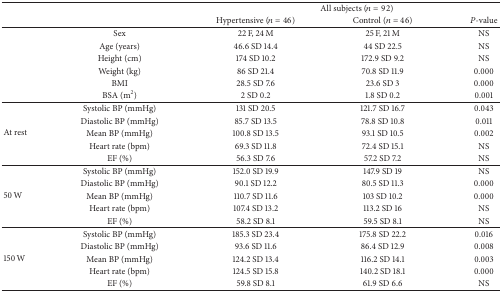
|  |  | <COLSPAN=3> All subjects (n = 92) |
 |  |  | Hypertensive (n = 46) | Control (n = 46) | P-value |
 | --- | --- | --- | --- | --- |
 |  | Sex | 22 F, 24 M | 25 F, 21 M | NS |
 |  | Age (years) | 46.6 SD 14.4 | 44 SD 22.5 | NS |
 |  | Height (cm) | 174 SD 10.2 | 172.9 SD 9.2 | NS |
 |  | Weight (kg) | 86 SD 21.4 | 70.8 SD 11.9 | 0.000 |
 |  | BMI | 28.5 SD 7.6 | 23.6 SD 3 | 0.000 |
 |  | BSA (m2) | 2 SD 0.2 | 1.8 SD 0.2 | 0.001 |
 | <ROWSPAN=5> At rest | Systolic BP (mmHg) | 131 SD 20.5 | 121.7 SD 16.7 | 0.043 |
 | Diastolic BP (mmHg) | 85.7 SD 13.5 | 78.8 SD 10.8 | 0.011 |
 | Mean BP (mmHg) | 100.8 SD 13.5 | 93.1 SD 10.5 | 0.002 |
 | Heart rate (bpm) | 69.3 SD 11.8 | 72.4 SD 15.1 | NS |
 | EF (%) | 56.3 SD 7.6 | 57.2 SD 7.2 | NS |
 | <ROWSPAN=5> 50 W | Systolic BP (mmHg) | 152.0 SD 19.9 | 147.9 SD 19 | NS |
 | Diastolic BP (mmHg) | 90.1 SD 12.2 | 80.5 SD 11.3 | 0.000 |
 | Mean BP (mmHg) | 110.7 SD 11.6 | 103 SD 10.2 | 0.000 |
 | Heart rate (bpm) | 107.4 SD 13.2 | 113.2 SD 16 | NS |
 | EF (%) | 58.2 SD 8.1 | 59.5 SD 8.1 | NS |
 | <ROWSPAN=5> 150 W | Systolic BP (mmHg) | 185.3 SD 23.4 | 175.8 SD 22.2 | 0.016 |
 | Diastolic BP (mmHg) | 93.6 SD 11.6 | 86.4 SD 12.9 | 0.008 |
 | Mean BP (mmHg) | 124.2 SD 13.4 | 116.2 SD 14.1 | 0.003 |
 | Heart rate (bpm) | 124.5 SD 15.8 | 140.2 SD 18.1 | 0.000 |
 | EF (%) | 59.8 SD 8.1 | 61.9 SD 6.6 | NS |